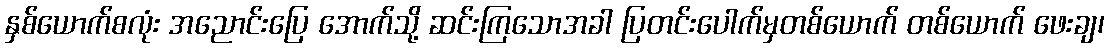
နှစ်ယောက်စလုံး အညောင်းပြေ အောက်သို့ ဆင်းကြသောအခါ ပြတင်းပေါက်မှတစ်ယောက် တစ်ယောက် ဖေးချ၊